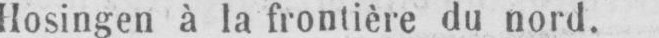
Hosingen à la frontière du nord.